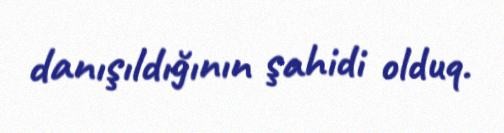
danışıldığının şahidi olduq.